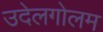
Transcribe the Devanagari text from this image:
उदेलगोलम